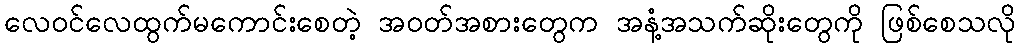
လေဝင်လေထွက်မကောင်းစေတဲ့ အဝတ်အစားတွေက အနံ့အသက်ဆိုးတွေကို ဖြစ်စေသလို